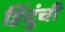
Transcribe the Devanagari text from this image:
हिंदुंची